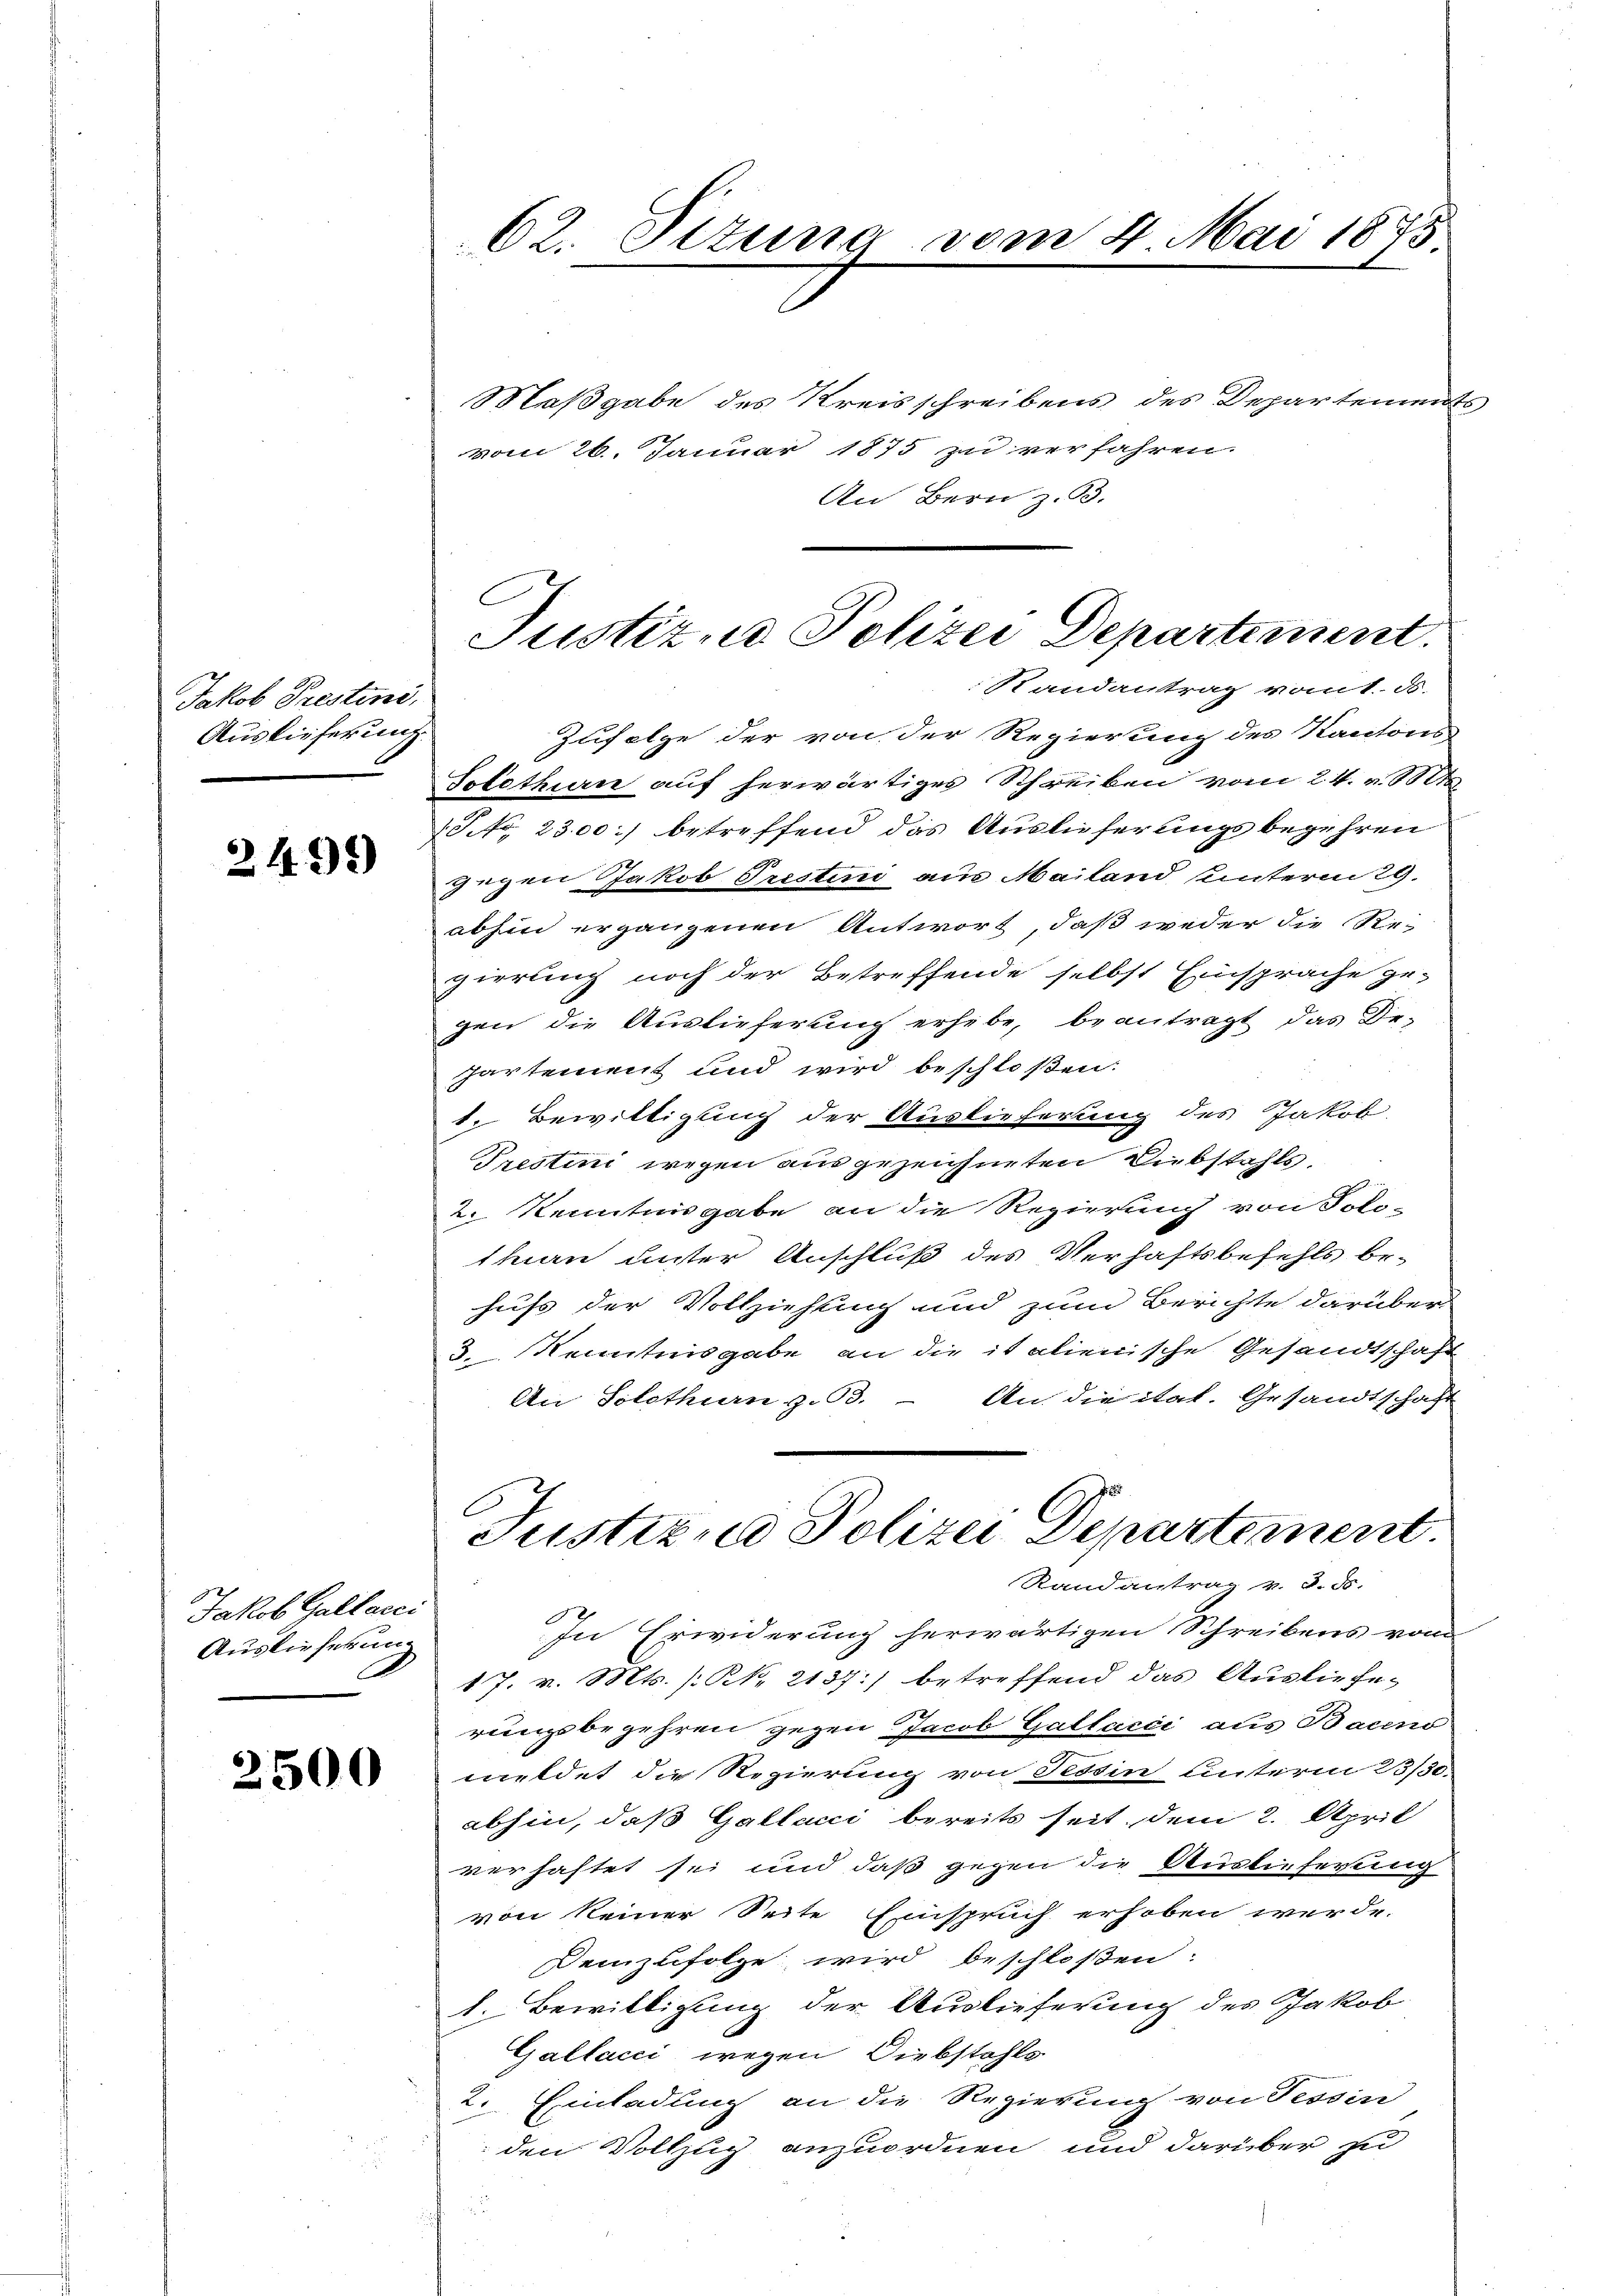
Jakob Prestini,
Auslieferung.

2495)

Jakob Gallacci
Auslieferung

2500

Maßgabe des Kreisschreibens des Departemen
vom 26. Januar 1875 zu verfahren.
An Bern z. B.
Randantrag vom 1. ds.
Zufolge der von der Regierung des Kantons
Solothurn auf herwärtiges Schreiben vom 24. 800
NNo. 2300.) betreffend das Auslieferungsbegehren
gegen Jakob Trestin aus Mailand unterm 29.
abhin ergangenen Antwort, daß weder die Re-
gierung noch der Betreffende selbst Einsprache ge-
gen die Auslieferung erhebe, beantragt, das De-
Partement und wird beschloßen:
t. Bewilligung der Auslieferung des Jakob
Trestini wegen ausgezeichneten Diebstahls.
2. Kenntnisgabe an die Regierung von Polithan unter Anschluß des Verhaftsbefehls behufs der Vollziehung und zum Berichte darüber
d. Kenntnisgabe an die it alienische Gesandtschaft
An die ital. Gesandtschaft
An Solothurn s. Bd.
C
Justizna Polizei Departement.
Randantrag v. S. S.
In Erwiderung herwärtigen Schreibens vom
17. v. Mts. (N. 2137) betreffend das Ausliefes
rungsbegehren gegen Jacob Gallacci aus Baceno
meldet die Regierung von Tessin, unterm 23/30.
abhin, daß Gallacci bereits seit dem 2. April
verhaftet sei und daß gegen die Auslieferung
von keiner Seite Einspruch erhoben werde.
Demzufolge wird beschloßen:
1. Bewilligung der Auslieferung des Jakob
Gallacci wegen Diebstahls
2. Einladung an die Regierung von Tessin
den Vollzug anzuordnen und darüber zu

62. Situng vom 4. Mai 1873

Justiz, Polizei Departement.

u